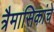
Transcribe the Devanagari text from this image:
त्रैमासिकांचे